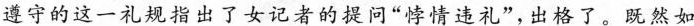
遵守的这一礼规指出了女记者的提问”悖情违礼”，出格了。既然如